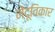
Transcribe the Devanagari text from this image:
मेंदूविकार